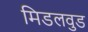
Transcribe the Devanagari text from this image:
मिडलवुड